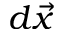
d \vec { x }